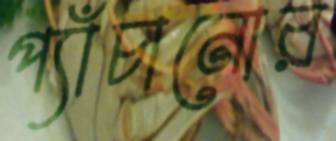
প্যাঁচানোর